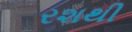
રશથી